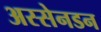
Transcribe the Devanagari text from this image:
अस्सेनडन